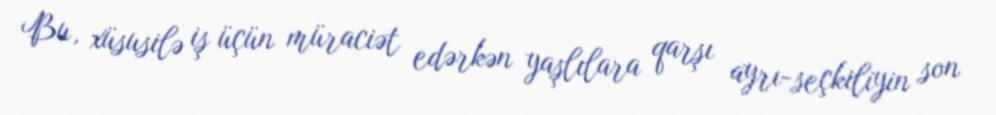
Bu, xüsusilə iş üçün müraciət edərkən yaşlılara qarşı ayrı-seçkiliyin son